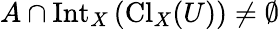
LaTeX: A\cap\operatorname{Int}_{X}\left(\operatorname{Cl}_{X}(U)\right)\neq\emptyset